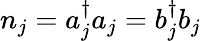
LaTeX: {n}_{j}={a}_{j}^{\dagger}{a}_{j}={b}_{j}^{\dagger}{b}_{j}